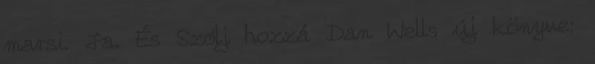
marsi. Ja. És Szólj hozzá Dan Wells új könyve: